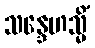
သန္ဒေဟသ္မိံ